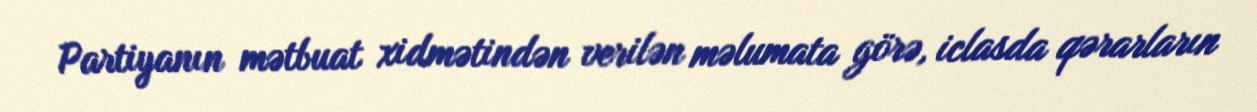
Partiyanın mətbuat xidmətindən verilən məlumata görə, iclasda qərarların